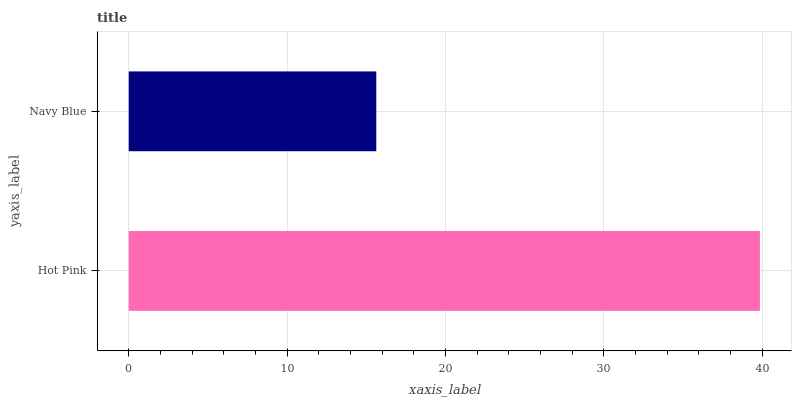
| yaxis_label | bars |
 | --- | --- |
 | Hot Pink | 39.9 |
 | Navy Blue | 15.6 |